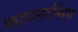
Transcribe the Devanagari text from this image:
फायनान्सिंग